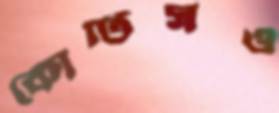
কোটিসও